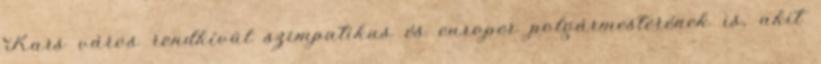
Kars város rendkívül szimpatikus és europer polgármesterének is, akit